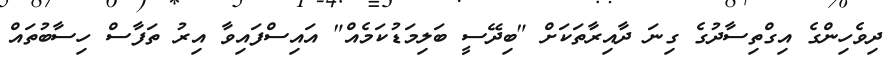
ދިވެހިންގެ އިގްތިސާދުގެ ގިނަ ދާއިރާތަކަށް "ބިދޭސީ ބަލިމަޑުކަމެއް" އައިސްފައިވާ އިރު ތަފާސް ހިސާބުތައް